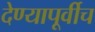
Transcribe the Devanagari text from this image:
देण्यापूर्वीच